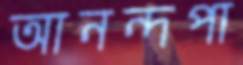
আনন্দপা